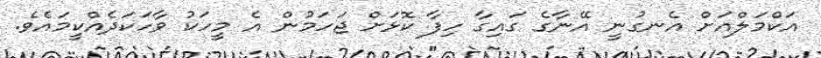
އަކްމަލްއަށް އެނގުނީ އޭނާގެ ގައިގާ ހިފާ ކޮޅަށް ޖަހަމުން އެ މީހަކު ވާހަކަދެއްކީމައެވެ.